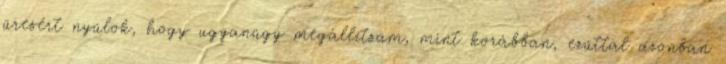
üresért nyúlok, hogy ugyanúgy megállítsam, mint korábban, ezúttal azonban